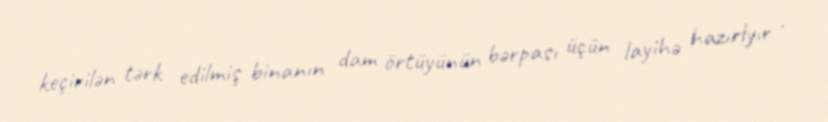
keçirilən tərk edilmiş binanın dam örtüyünün bərpası üçün layihə hazırlyır .